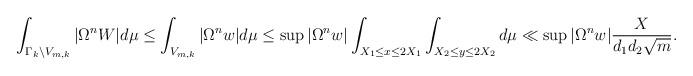
LaTeX: \begin{align*} \int_{\Gamma_k \backslash V_{m,k}} | \Omega^n W| d\mu &\leq \int_{ V_{m,k}} | \Omega^n w| d\mu \leq \sup| \Omega^n w| \int_{X_1\leq x\leq 2X_1} \int_{X_2\leq y\leq 2X_2} d\mu \ll \sup| \Omega^n w| \frac{X}{d_1d_2\sqrt{m}}.\end{align*}